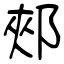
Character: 郟